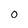
Character: 0